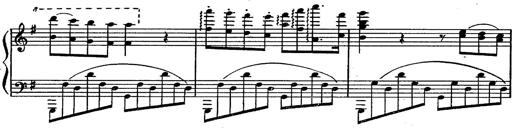
Title: Magyar rapszÃ³diÃ¡k
Composer: Franz Liszt